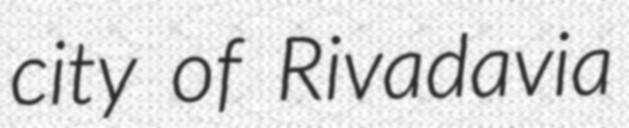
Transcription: city of Rivadavia